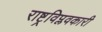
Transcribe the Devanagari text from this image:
राष्ट्रविप्लवकारी